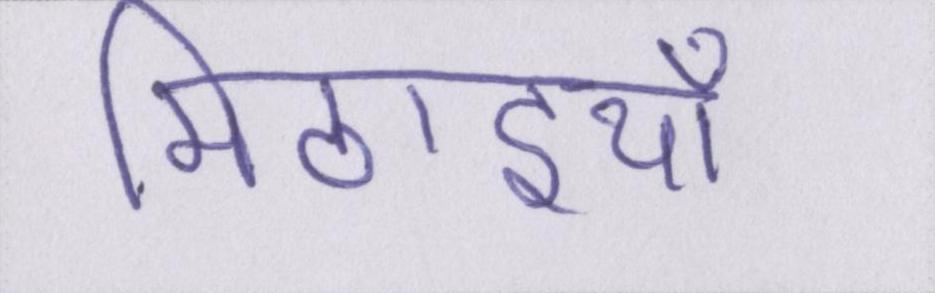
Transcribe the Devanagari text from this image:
मिठाइयाँ